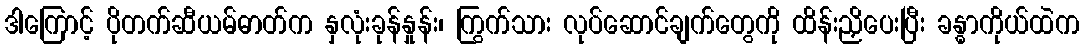
ဒါကြောင့် ပိုတက်ဆီယမ်ဓာတ်က နှလုံးခုန်နှုန်း၊ ကြွက်သား လုပ်ဆောင်ချက်တွေကို ထိန်းညှိပေးပြီး ခန္ဓာကိုယ်ထဲက